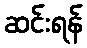
ဆင်းရန်